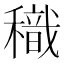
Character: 𥢧